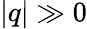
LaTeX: |q|\gg 0